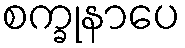
စက္ခုနာပေ